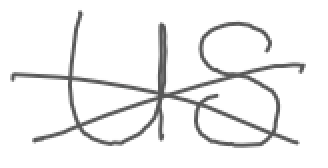
Text: US
Cross-out: cross
Writing tool: digital_gray